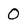
Character: 0